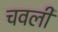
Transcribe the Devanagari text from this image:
चवली